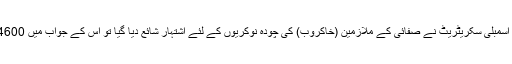
جنوبی ریاست تامل ناڈو کے صوبائی اسمبلی سکریٹریٹ نے صفائی کے ملازمین (خاکروب) کی چودہ نوکریوں کے لئے اشتہار شائع دیا گیا تو اس کے جواب میں 4600 سے زائد درخواستیں موصول ہوئیں ۔